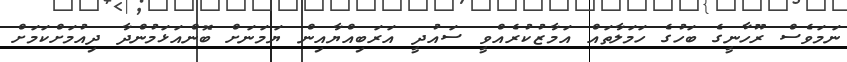
ނަމަވެސް ރޫހާނީގެ ބަހުގެ ހަމަލާތައް އަމާޒުކުރެއްވީ ސައުދީ އަރަބިއްޔާއިން ޔަމަނަށް ބޮންއަޅަމުންދާ ދިއުމަށްކަމަށް